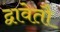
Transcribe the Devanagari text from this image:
द्वावेतौ